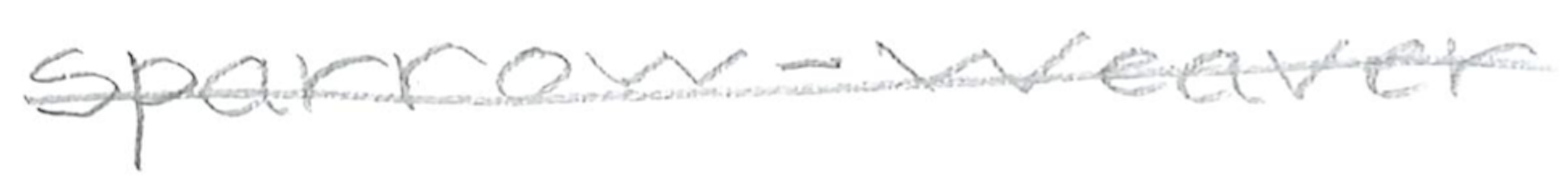
Text: sparrow-weaver
Cross-out: single-line
Writing tool: pencil